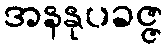
အနနုပခဇ္ဇ